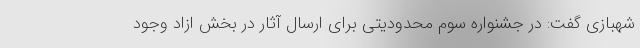
شهبازی گفت: در جشنواره سوم محدودیتی برای ارسال آثار در بخش ازاد وجود